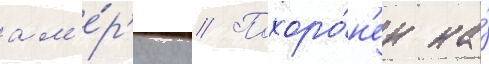
ам'е́р'ику // Похоро́н'ен на́